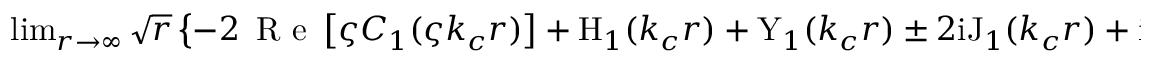
\begin{array} { r } { \operatorname* { l i m } _ { r \rightarrow \infty } \sqrt { r } \left\{ - 2 \, \mathrm { ~ R ~ e ~ } \left[ \varsigma C _ { 1 } ( \varsigma k _ { c } r ) \right] + \mathrm { H } _ { 1 } ( k _ { c } r ) + \mathrm { Y } _ { 1 } ( k _ { c } r ) \pm 2 \mathrm { i } \mathrm { J } _ { 1 } ( k _ { c } r ) + \mathrm { i } \left[ 2 \, \mathrm { ~ R ~ e ~ } \left[ C _ { 0 } ( \varsigma k _ { c } r ) \right] - \mathrm { H } _ { 0 } ( k _ { c } r ) - \mathrm { Y } _ { 0 } ( k _ { c } r ) \mp 2 \mathrm { i } \mathrm { J } _ { 0 } ( k _ { c } r ) \right] \right\} = 0 , } \end{array}